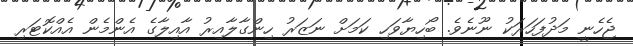
ޖެހެނީ މަދުފަހަރަކު ނޫނެވެ. ބޯހިޔާވަހި ކަމަށް ނަޒަރު ހިންގާލާއިރު އާއިލާގެ އެންމެން އެއްކޮޓަރި